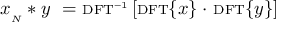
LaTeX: x _ { _ { N } } * y \ = \ \scriptstyle \mathrm { { D F T } } ^ { - 1 } \displaystyle \left[ \scriptstyle \mathrm { { D F T } } \displaystyle \{ x \} \cdot \ \scriptstyle \mathrm { { D F T } } \displaystyle \{ y \} \right]